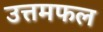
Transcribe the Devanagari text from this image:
उत्तमफल